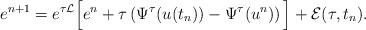
LaTeX: \begin{align*} e^{n+1}= e^{\tau \mathcal{L}} \Big[ e^n+ \tau \left(\Psi^\tau_{}(u(t_{n}) )- \Psi^\tau_{}(u^n)\right) \Big]+ \mathcal{E}(\tau, t_{n}). \end{align*}